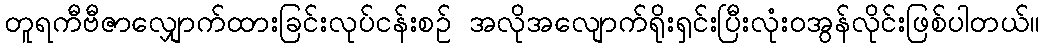
တူရကီဗီဇာလျှောက်ထားခြင်းလုပ်ငန်းစဉ် အလိုအလျောက်ရိုးရှင်းပြီးလုံးဝအွန်လိုင်းဖြစ်ပါတယ်။